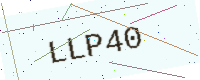
Text: LLP40